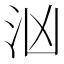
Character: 汹